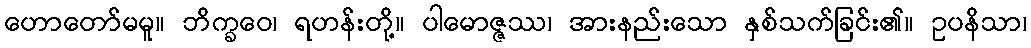
ဟောတော်မမူ။ ဘိက္ခဝေ၊ ရဟန်းတို့။ ပါမောဇ္ဇဿ၊ အားနည်းသော နှစ်သက်ခြင်း၏။ ဥပနိသာ၊